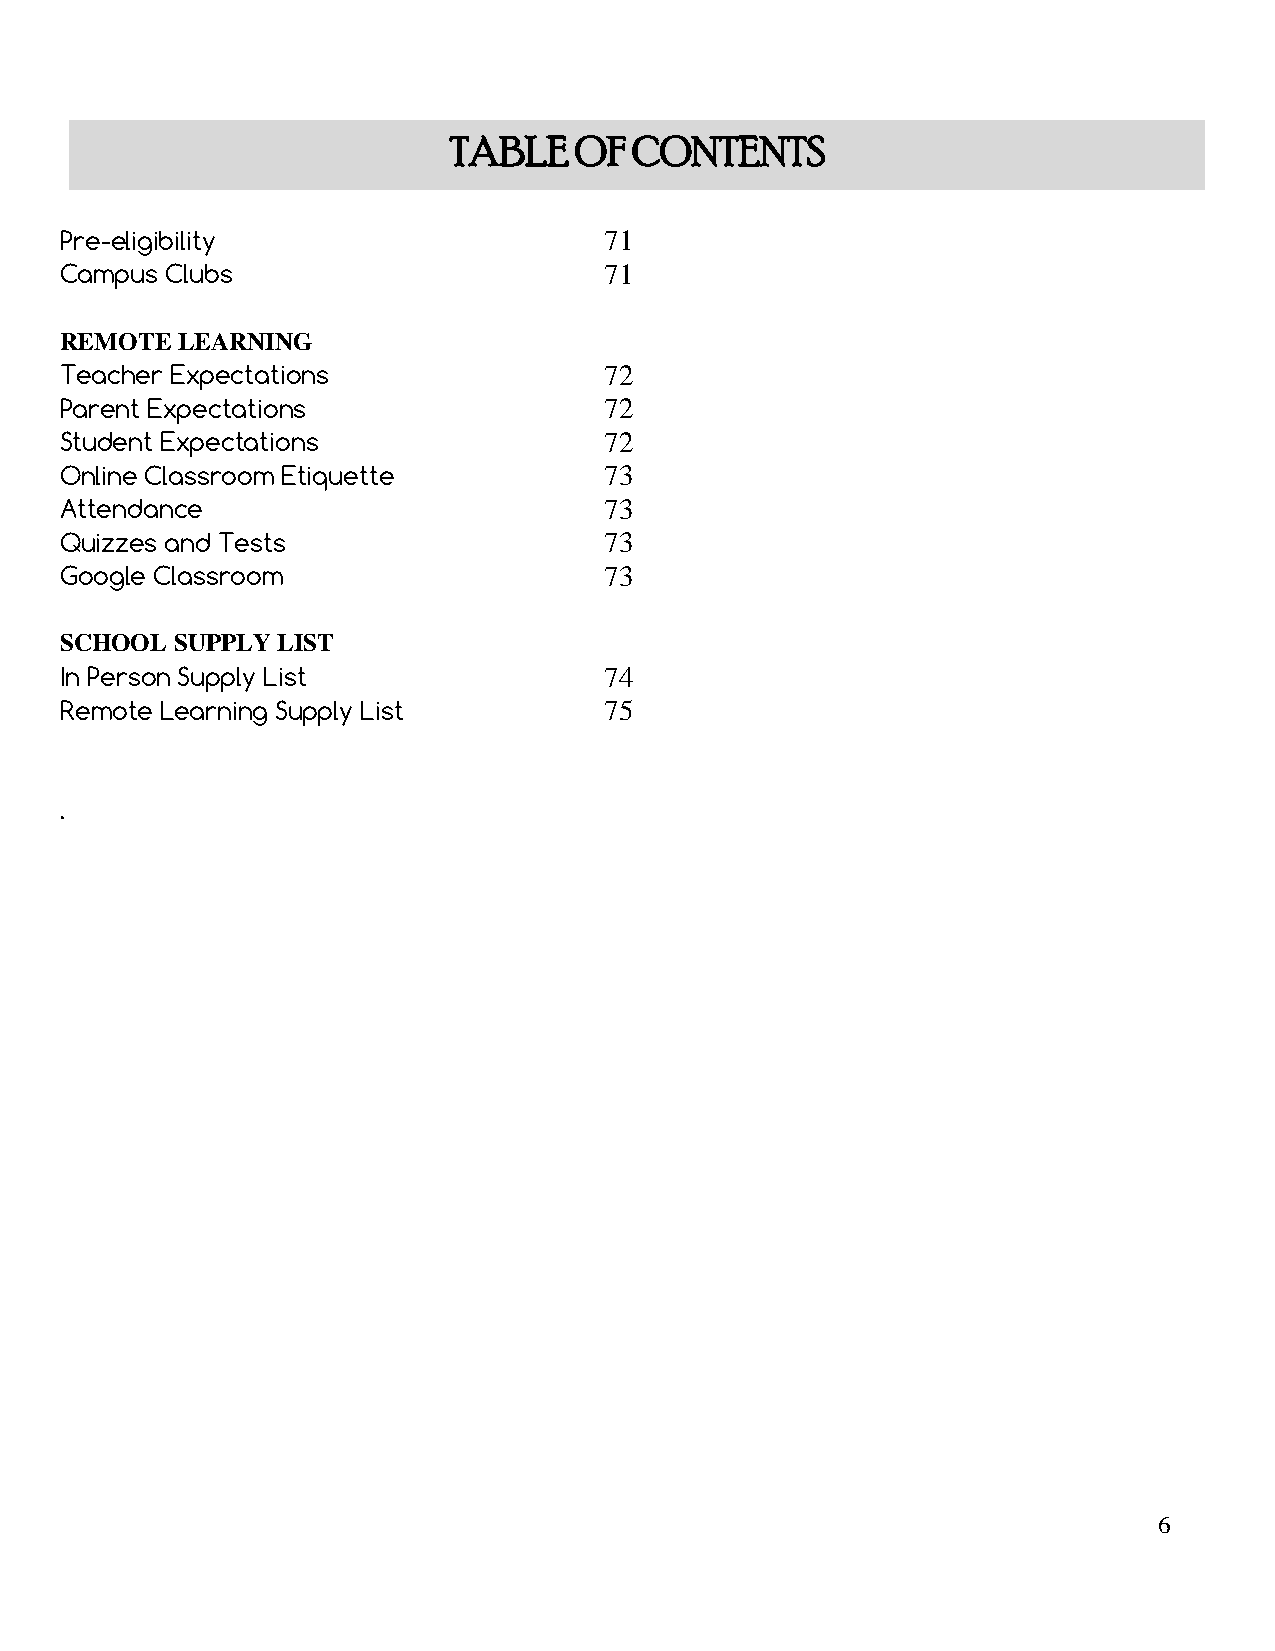
TABLE   OF  CONTENTS
 Pre-eligibility                     71
 Campus Clubs                        71
 REMOTE  LEARNING
 Teacher Expectations                72
 Parent Expectations                 72
 Student Expectations                72
 Online Classroom Etiquette          73
 Attendance                          73
 Quizzes and Tests                   73
 Google Classroom                    73
 SCHOOL SUPPLY LIST
 In Person Supply List               74
 Remote Learning Supply List         75
 .
 6